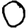
Digit: 0